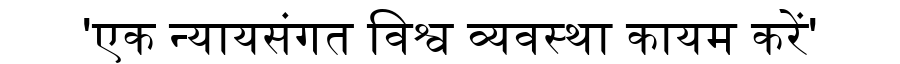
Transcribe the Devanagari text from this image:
'एक न्यायसंगत विश्व व्यवस्था कायम करें'